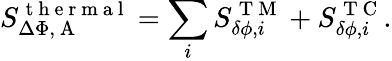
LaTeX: S_{\Delta\Phi,\mathrm{~A~}}^{\mathrm{~t~h~e~r~m~a~l~}}=\sum_{i}S_{\delta\phi,i}^{\mathrm{~T~M~}}+S_{\delta\phi,i}^{\mathrm{~T~C~}}.